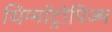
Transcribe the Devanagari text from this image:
थिग्मॉट्रोपिज्म